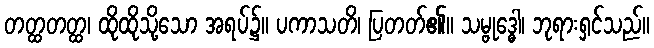
တတ္ထတတ္ထ၊ ထိုထိုသို့သော အရပ်၌။ ပကာသတိ၊ ပြတတ်၏။ သမ္ဗုဒ္ဓေါ၊ ဘုရားရှင်သည်။